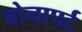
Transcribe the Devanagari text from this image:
बोनापर्ट